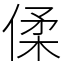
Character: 㑱